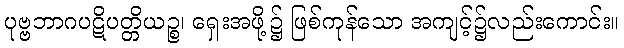
ပုဗ္ဗဘာဂပဋိပတ္တိယဉ္စ၊ ရှေးအဖို့၌ ဖြစ်ကုန်သော အကျင့်၌လည်းကောင်း။